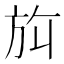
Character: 𬀀